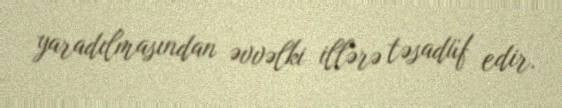
yaradılmasından əvvəlki illərə təsadüf edir.